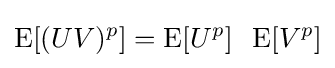
\operatorname {E} [(UV)^{p}]=\operatorname {E} [U^{p}]\;\;\operatorname {E} [V^{p}]